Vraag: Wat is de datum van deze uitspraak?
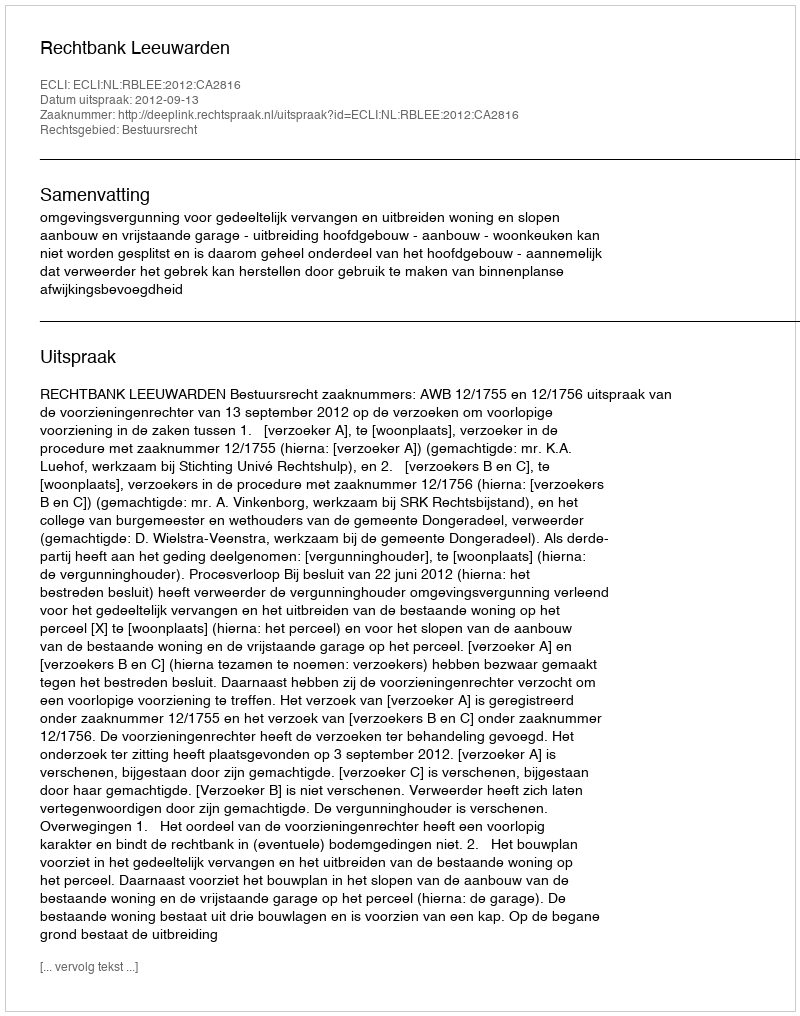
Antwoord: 2012-09-13